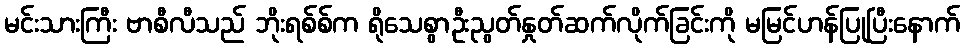
မင်းသားကြီး ဗာစီလီသည် ဘိုးရစ်စ်က ရိုသေစွာဦးညွတ်နှုတ်ဆက်လိုက်ခြင်းကို မမြင်ဟန်ပြုပြီးနောက်